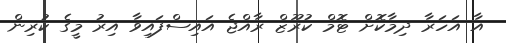
އާ އަހަރާ ދިމާކޮށް ޓޮމް ކުރޫޒް ރާއްޖެ އައިސްފައިވާ އިރު މީގެ ކުރިން